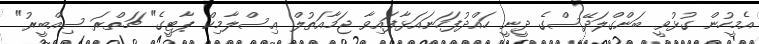
އެމީހުން ގުޅުވީ ބަންގްލަދޭސްގެ ދީނީ ހައްދުފަހަނައަޅާފައިވާ ޖަމާއަތުލް ޢިސްލާމިކް ޕާޓީގެ" ޗަތްރަ ސިއްބީރު"